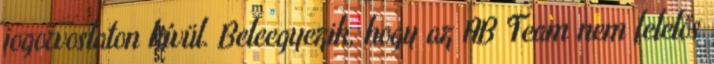
jogorvoslaton kívül. Beleegyezik, hogy az AB Team nem felelős